Annual administration report of the Civil Veterinary Department of India - 1908-1909
Year: 1908
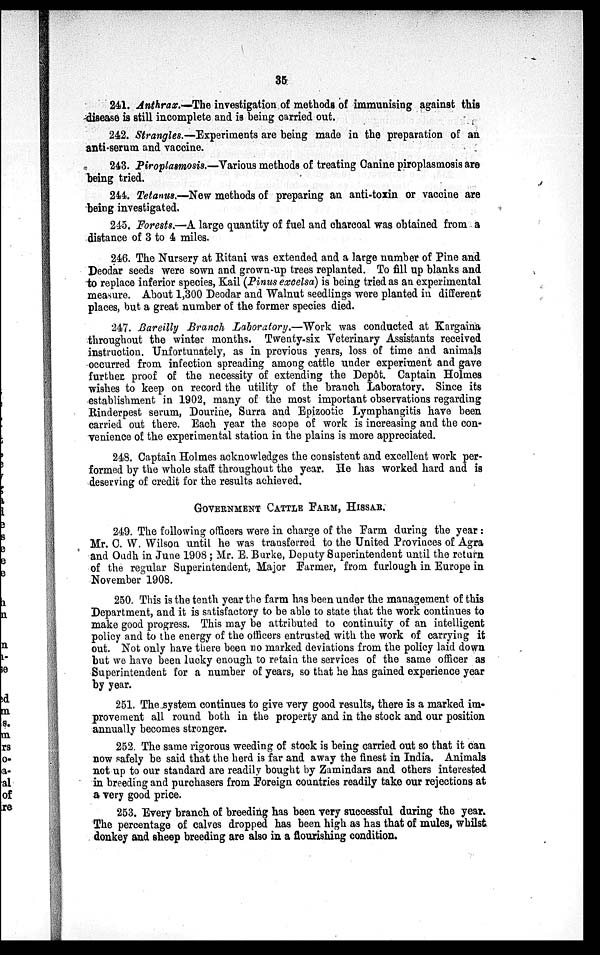
35
241. Anthrax.—The investigation of methods of immunising against this
disease is still incomplete and is being carried out.
242. Strangles.—Experiments are being made in the preparation of an
anti-serum and vaccine.
243. Piroplasmosis.—Various methods of treating Canine piroplasmosis are
being tried.
244. Tetanus.—New methods of preparing an anti-toxin or vaccine are
being investigated.
245. Forests.—A large quantity of fuel and charcoal was obtained from a
distance of 3 to 4 miles.
246. The Nursery at Ritani was extended and a large number of Pine and
Deodar seeds were sown and grown-up trees replanted. To fill up blanks and
to replace inferior species, Kail (Pinus excelsa) is being tried as an experimental
measure. About 1,300 Deodar and Walnut seedlings were planted in different
places, but a great number of the former species died.
247. Bareilly Branch Laboratory.—Work was conducted at Kargaina
throughout the winter months. Twenty-six Veterinary Assistants received
instruction. Unfortunately, as in previous years, loss of time and animals
occurred from infection spreading among cattle under experiment and gave
further proof of the necessity of extending the Depôt. Captain Holmes
wishes to keep on record the utility of the branch Laboratory. Since its
establishment in 1902, many of the most important observations regarding
Rinderpest serum, Dourine, Surra and Epizootic Lymphangitis have been
carried out there. Each year the scope of work is increasing and the con-
venience of the experimental station in the plains is more appreciated.
248. Captain Holmes acknowledges the consistent and excellent work per-
formed by the whole staff throughout the year. He has worked hard and is
deserving of credit for the results achieved.
GOVERNMENT CATTLE FARM, HISSAR.
249. The following officers were in charge of the Farm during the year:
Mr. C. W. Wilson until he was transferred to the United Provinces of Agra
and Oudh in June 1908; Mr. E. Burke, Deputy Superintendent until the return
of the regular Superintendent, Major Farmer, from furlough in Europe in
November 1908.
250. This is the tenth year the farm has been under the management of this
Department, and it is satisfactory to be able to state that the work continues to
make good progress. This may be attributed to continuity of an intelligent
policy and to the energy of the officers entrusted with the work of carrying it
out. Not only have there been no marked deviations from the policy laid down
but we have been lucky enough to retain the services of the same officer as
Superintendent for a number of years, so that he has gained experience year
by year.
251. The system continues to give very good results, there is a marked im-
provement all round both in the property and in the stock and our position
annually becomes stronger.
252. The same rigorous weeding of stock is being carried out so that it can
now safely be said that the herd is far and away the finest in India. Animals
not up to our standard are readily bought by Zamindars and others interested
in breeding and purchasers from Foreign countries readily take our rejections at
a very good price.
253. Every branch of breeding has been very successful during the year.
The percentage of calves dropped has been high as has that of mules, whilst
donkey and sheep breeding are also in a flourishing condition.